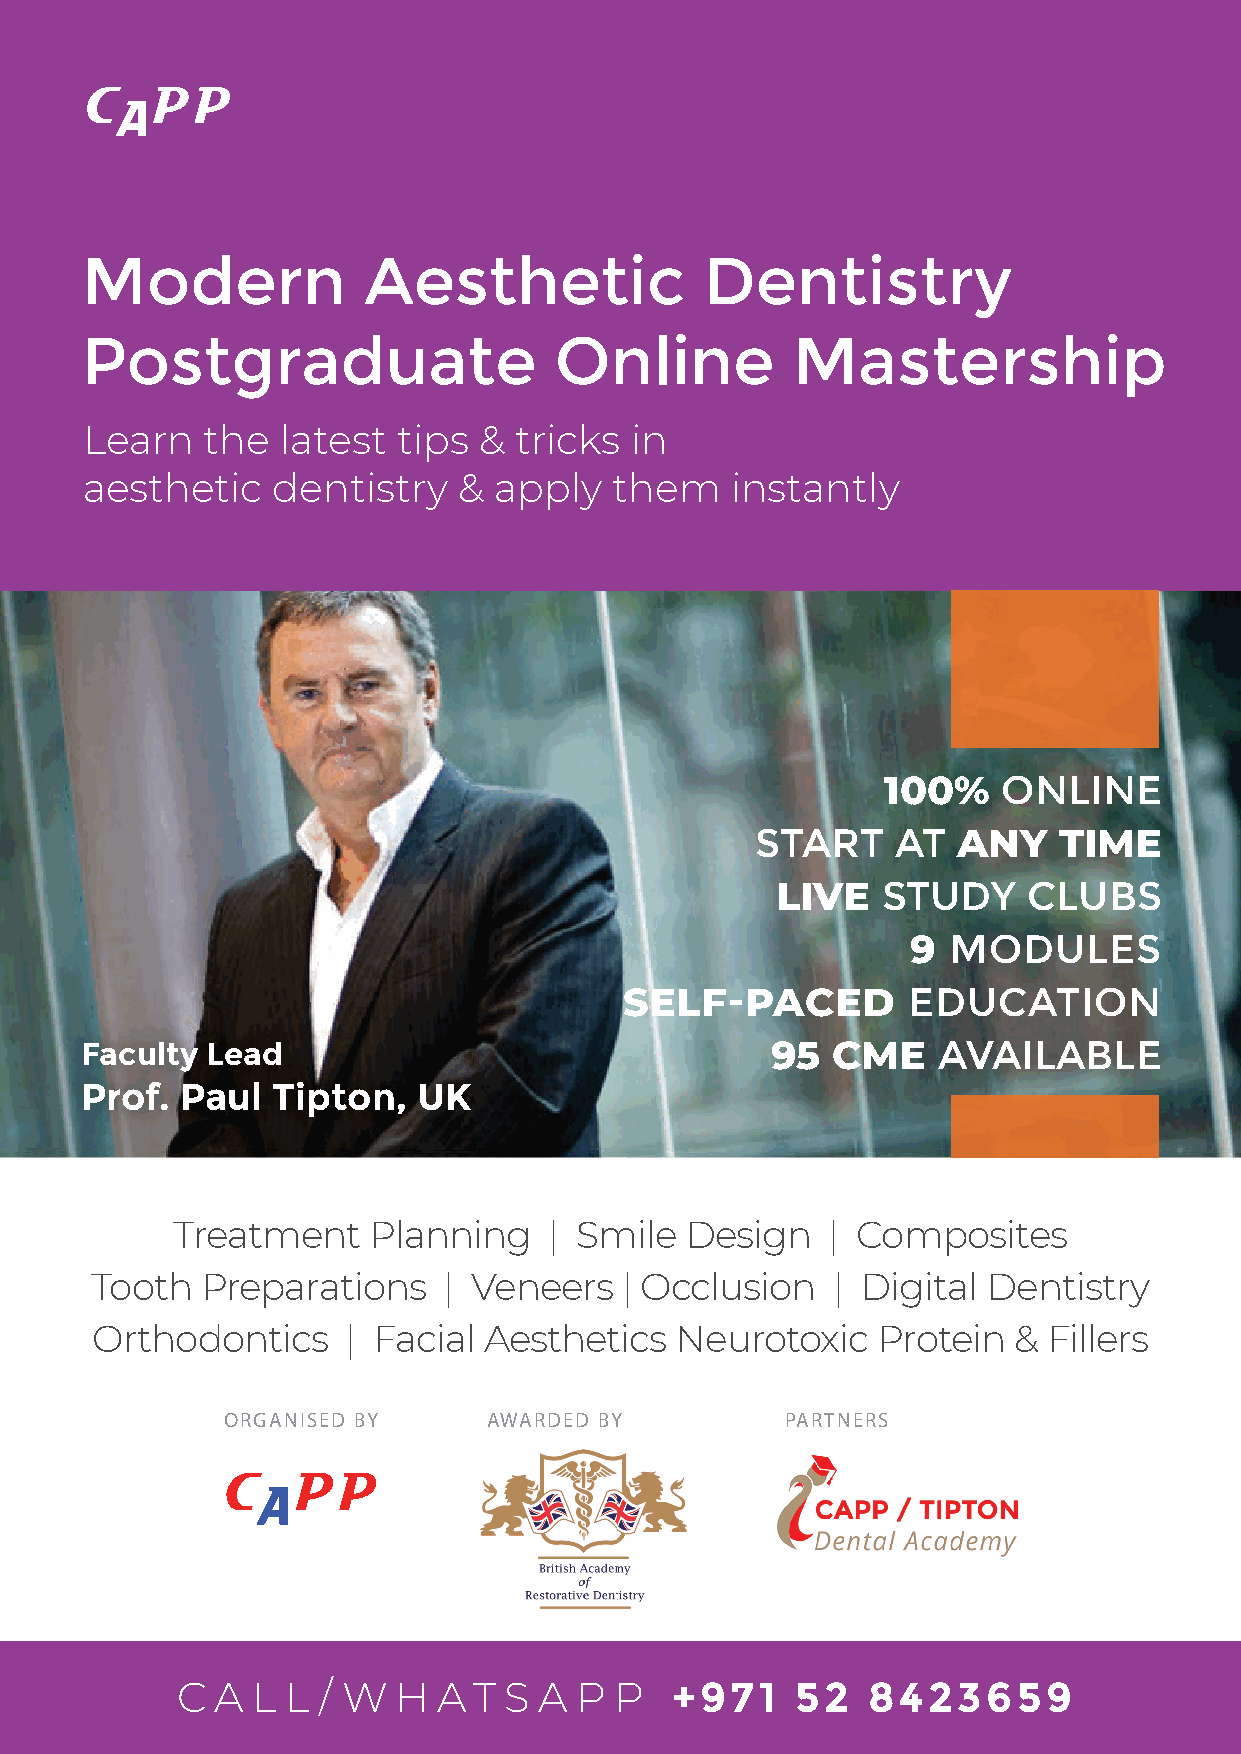
Modern             Aesthetic              Dentistry
 Postgraduate                    Online         Mastership
 Learn   the  latest tips  & tricks  in
 aesthetic   dentistry   &  apply   them   instantly
 100%    ONLINE
 START    AT  ANY    TIME
 LIVE   STUDY     CLUBS
 9  MODULES
 SELF-PACED         EDUCATION
 Faculty  Lead                                 95  CME    AVAILABLE
 Prof.  Paul  Tipton,   UK
 Treatment    Planning    | Smile  Design    | Composites
 Tooth  Preparations    | Veneers   | Occlusion   | Digital Dentistry
 Orthodontics     | Facial Aesthetics   Neurotoxic   Protein  & Fillers
 ORGANISED BY     AWARDED BY          PARTNERS
 C A  L L / W  H  A T S  A P  P  +971    52   8423659